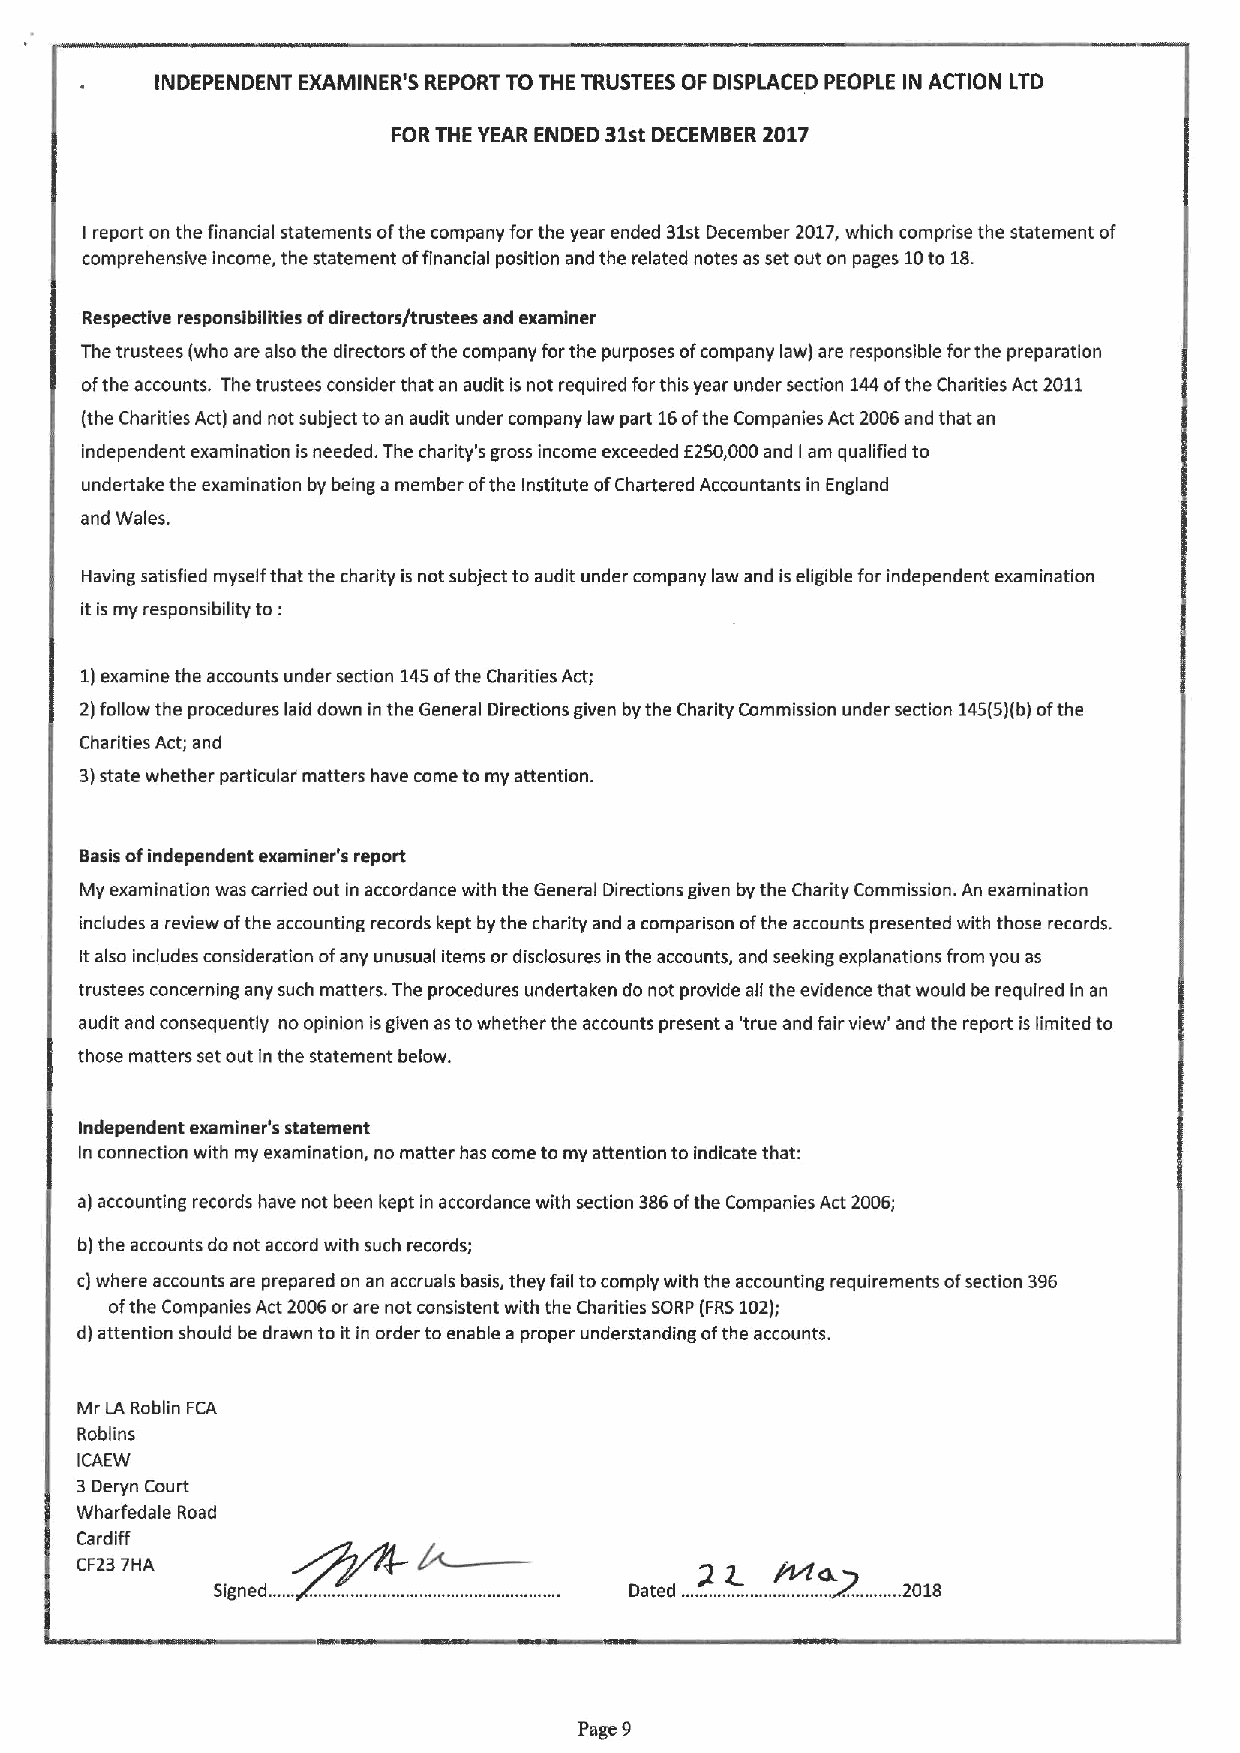
INDEPENDENT EXAMINER'S REPORT TO THE TRUSTEES OF DISPLACED PEOPLE IN ACTION LTD
 FORTHE YEAR ENDED 31stDECEMBER 2017
 report on the financial statements ofthe company forthe year ended 31stDecember 2017,which comprise the statement of
 I
 comprehensive income, the statement offinancial position and the related notes as set out on pages 10to 18.
 Respective responsibilities ofdirectors/trustees and examiner
 The trustees (who are also the directors ofthe company forthe purposes ofcompany law) are responsible forthe preparation
 ofthe accounts. The trustees consider that an audit is not required forthis year under section 144ofthe Charities Act 2011
 (the Charities Act) and not subject toan audit under company law part 16ofthe Companies Act 2006and that an
 independent examination isneeded. The charity's gross income exceeded E250,000and am qualified to
 I
 undertake the examination by being a member ofthe Institute ofChartered Accountants in England
 and Wales.
 Having satisfied myself that the charity is not subject to audit under company law and iseligible for independent examination
 to:
 it is my responsibility
 1)examine the accounts under section 145ofthe Charities Act;
 2)follow the procedures laid down in the General Directions given by the Charity Commission under section 145(5)(b)ofthe
 Charities Act; and
 3)state whether particular matters have come to my attention.
 Basis ofindependent examiner's report
 My examination was carried out in accordance with the General Directions given by the Charity Commission. An examination
 includes a review ofthe accounting records kept by the charity and a comparison ofthe accounts presented with those records.
 Italso includes consideration ofany unusual items or disclosures in the accounts, and seeking explanations from you as
 trustees concerning any such matters. The procedures undertaken do not provide all the evidence that would be required in an
 audit and consequently no opinion isgiven astowhether the accounts present a 'true and fair view' and the report is limited to
 those matters set out in the statement below.
 Independent examiner's statement
 In connection with my examination, no matter has come to my attention to indicate that:
 a) accounting records have not been kept in accordance with section 386ofthe Companies Act 2006;
 b)the accounts do not accord with such records;
 c)where accounts are prepared on an accruals basis, they fail tocomply with the accounting requirements ofsection 396
 ofthe Companies Act 2006orare not consistent with the Charities SORP (FRS102);
 d) attention should be drawn to it in order to enable a proper understanding ofthe accounts.
 Mr LA Roblin FCA
 Roblins
 ICAEW
 3Deryn Court
 Wharfedale Road
 Cardiff
 CF237HA
 Page 9